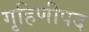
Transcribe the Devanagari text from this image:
गृहिणीपद